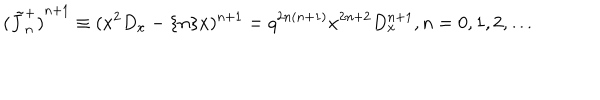
{ ( \tilde { J } _ { n } ^ { + } ) } ^ { n + 1 } \equiv ( x ^ { 2 } D _ { x } - \{ n \} x ) ^ { n + 1 } = q ^ { 2 n ( n + 1 ) } x ^ { 2 n + 2 } D _ { x } ^ { n + 1 } , n = 0 , 1 , 2 , \ldots